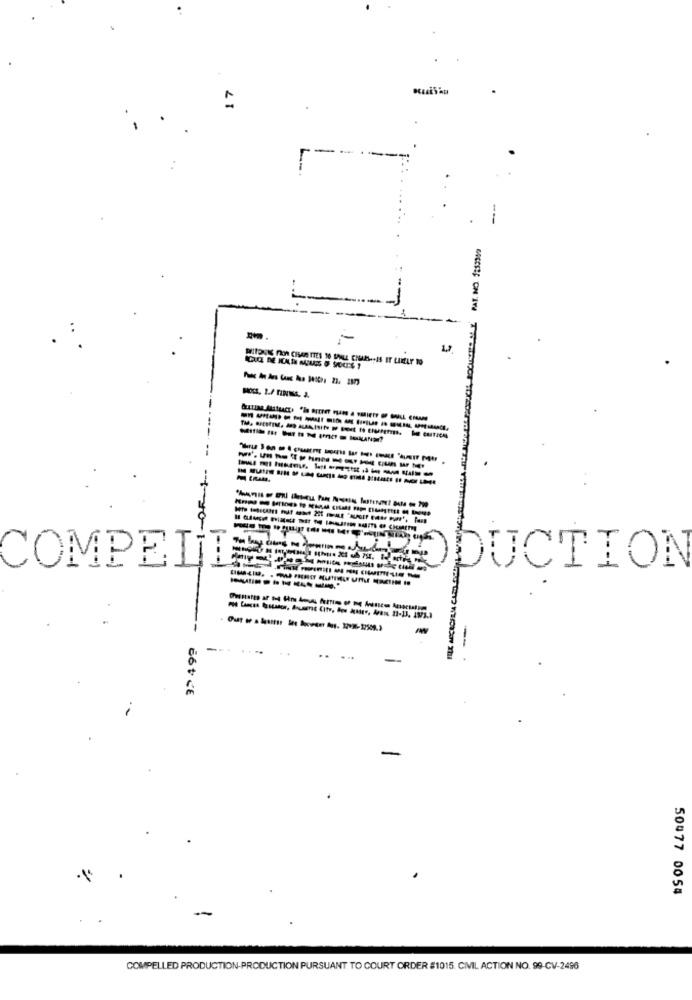
=
---
-
-
----
--
----------------
--- -------
0-1-
COMPELI
1 --- 1
DUCTION
6614
50477 0054
COMPELLED PRODUCTION-PRODUCTION PURSUANT TO COURT ORDER #1015. CIVIL ACTION NO. 99-CV-2496